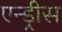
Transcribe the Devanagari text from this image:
एन्ड्रीस